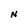
Character: N